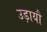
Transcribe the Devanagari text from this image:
उड़ायौ